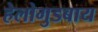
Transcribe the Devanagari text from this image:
हेलोगुडबाय